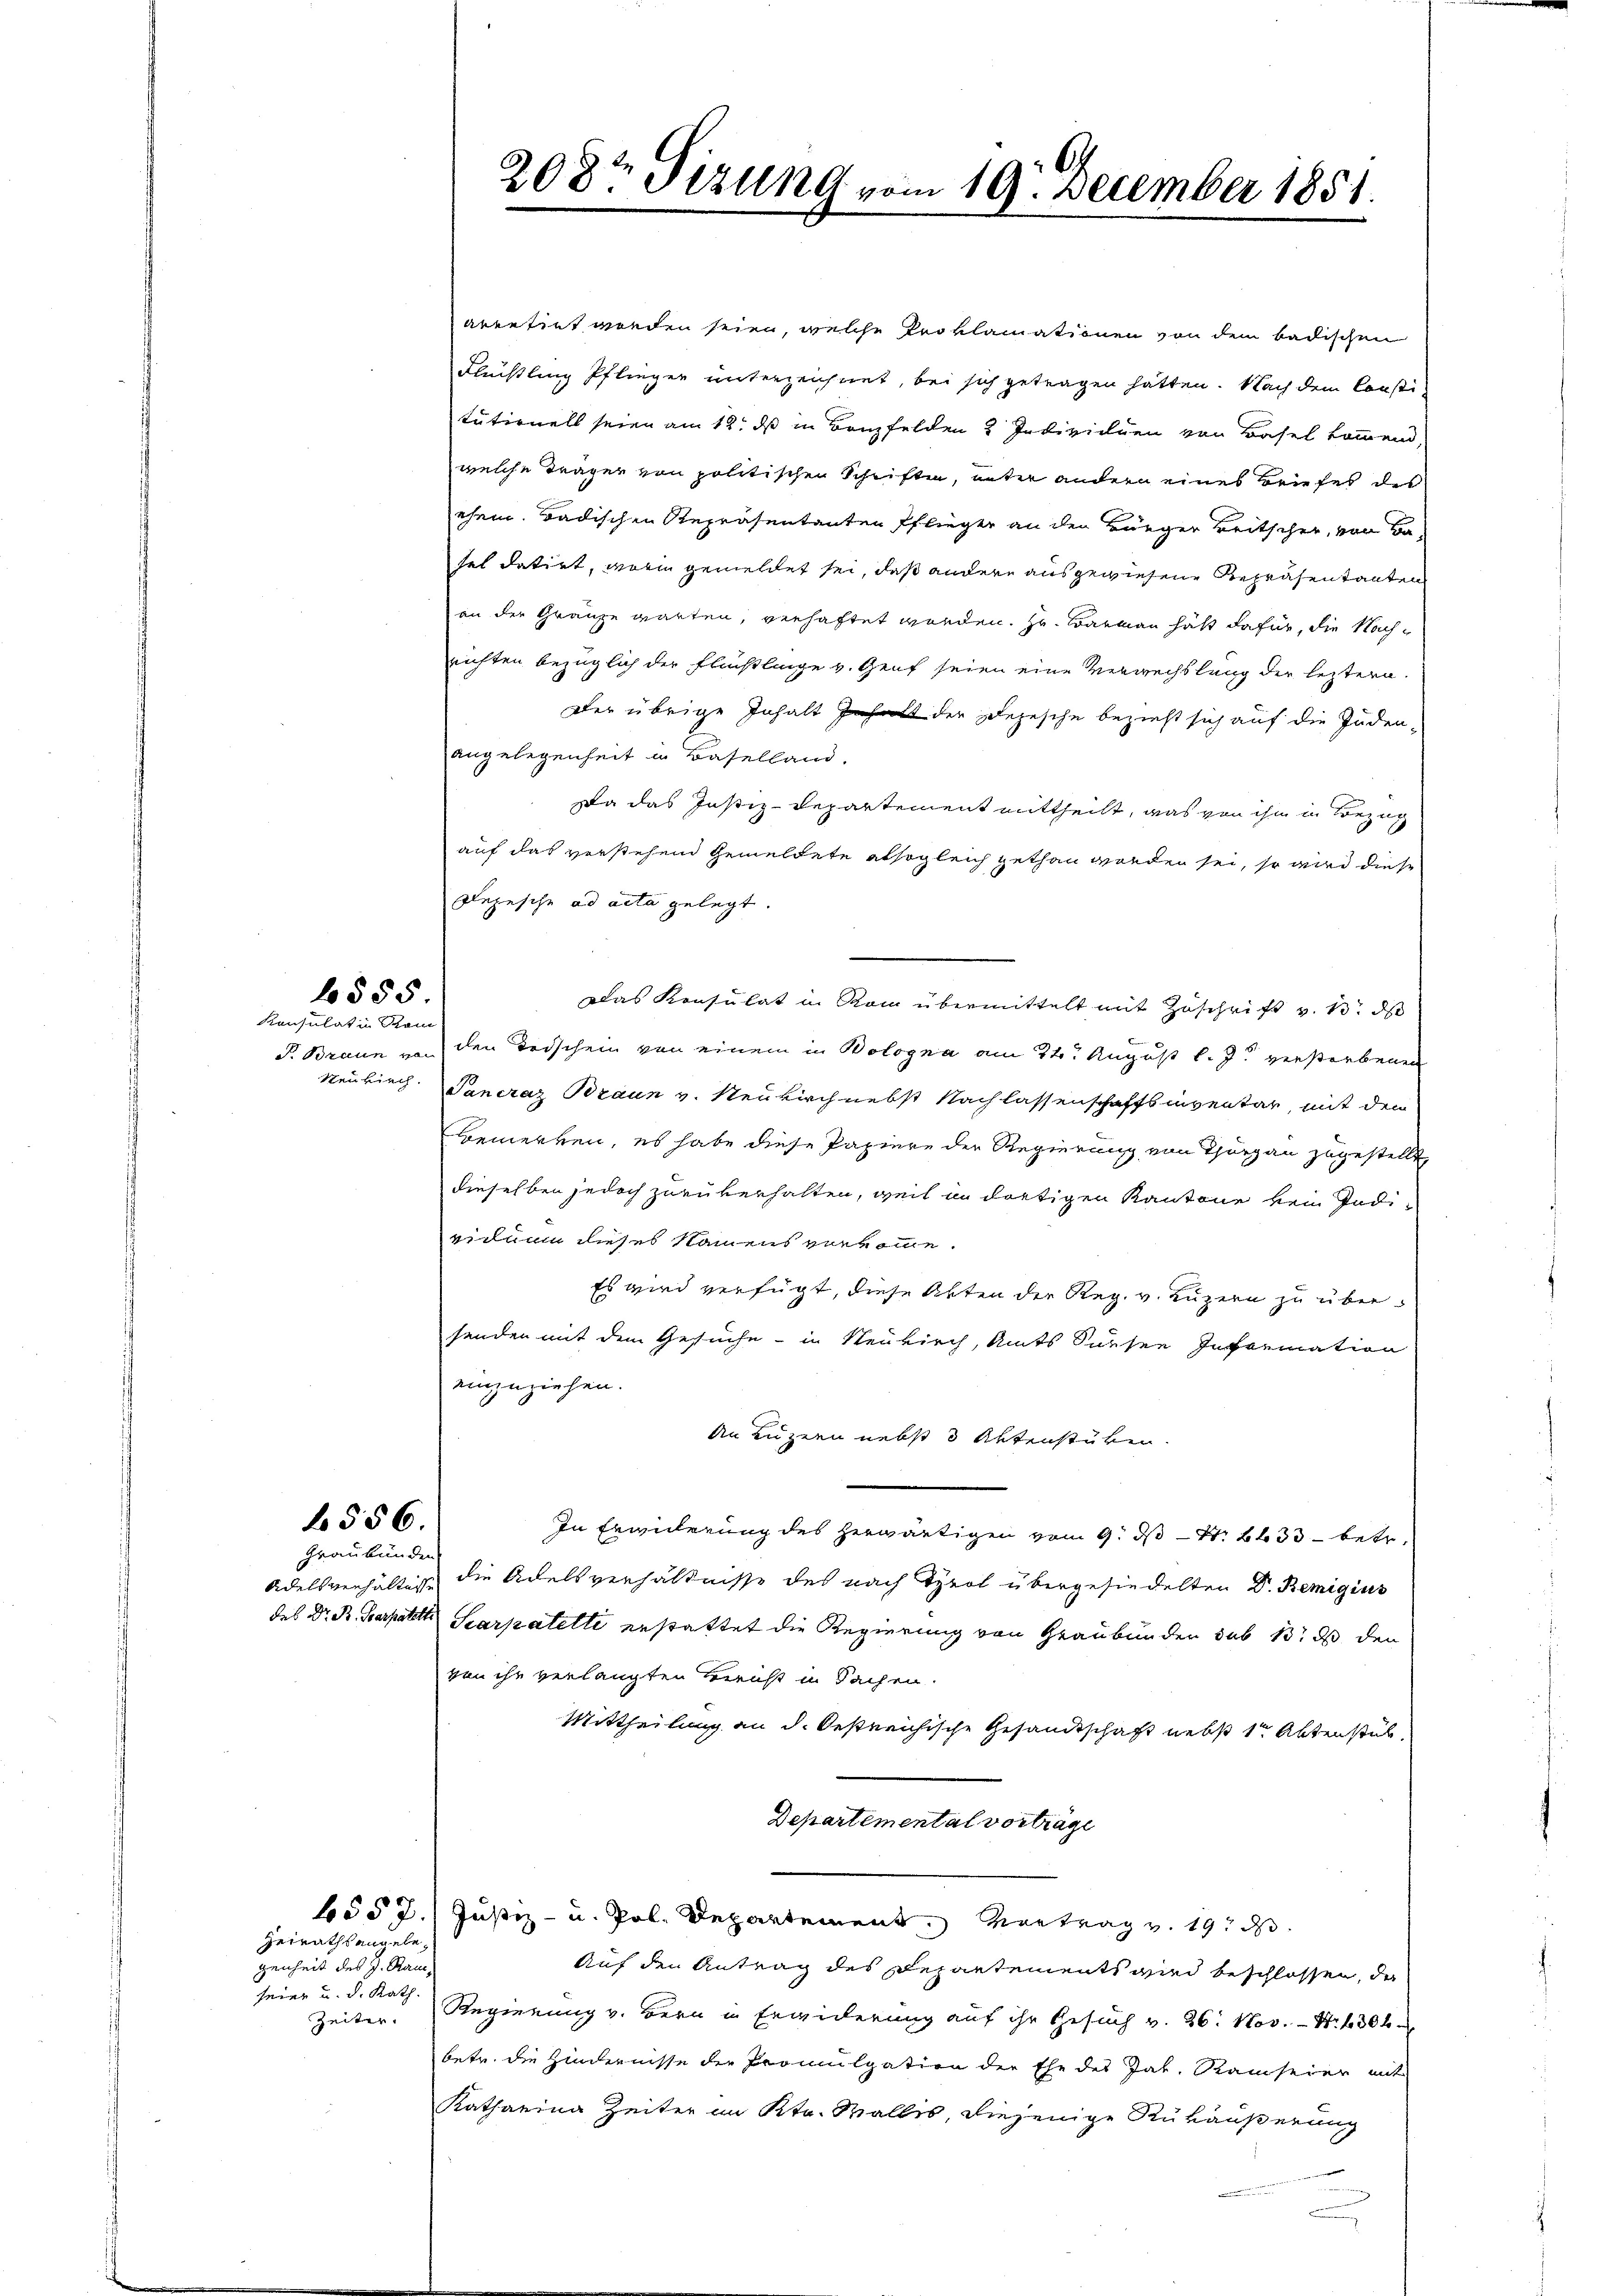
Konsulat in Rom
Neukirch.

6555

556.

Graubünden

Geirathsangebe.
genheit des H. Rauseien u. d. Kath

6557.

arentirt worden seien, welche Proklamationen von dem badischen
Flüchtling Pflinger unterzeichnet, bei sich getragen hatten. Nach dem Consti
tutionell seien am 12. ds in Banzfelden 3 Individuen von Basel kommend,
welche Trägen von politischen Schriften, unter andern eines Briefes des
ehen. Badischen Repräsentanten Pflieger an den Bürger Britscher, von Basel datirt, worin gemeldet sei, daß andere ausgewiesene Repräsentanten
an der Gränze warten, verhaftet worden. Hr. Barmann hatt dafür, die Nachrichten bezüglich der Flüchtlinge v. Genf seien eine Verwechslung der leztern.
Der übrige Inhalt hat der Depesche bezieht sich auf die Juden-
angelegenheit in Baselland.
Da das Justiz-Departement mittheilt, was von ihm in Bezug
auf das verstehend Gemeldete alsogleich gethan worden sei, so wird diese
Lezische ad acta gelegt.
Das Konsulat in Rom übermittelt mit Zuschrift v. M. das
P. Braun von den Todschein von einem in Bologna am 2ten August l. J. verstorbenen
Pancraz Braun v. Neukirch nebst Nachlassenschaftsinventar, mit den
bemerken, es habe diese Papiere der Regierung von Thurgau zugestellt,
dieselben jedoch zurükerhalten, weil in dortigen Kantone kein Indieidaun dieses Namens vorkomme.
Es wird verfügt, diese Akten der Reg. v. Luzern zu übersenden mit dem Gesuche - in Neukirch, Amts Süesen Information
einzuziehen.
An Luzern nebst 5 Aktenstüken.
In Erwiederung des herwärtigen vom 9. ds N. 2633 betr.
Adelsverhältige die Adelsverhältnisse des nach Tyrol übergesiedelten Dr. Remigius
des Dr. B. Sparpater Scarpatelte erstattet die Regierung von Graubünden sub 13. ds den
von ihr verlangten Bericht in Sachen.
Mittheilung an d. Oestreichische Gesandtschaft nebst 1ten Aktenstub
Departemental vorträge
Justiz- u. Pol. Departement. Vertrag v. 19. d
Auf den Antrag des Departements wird beschlossen, da
Zeiter. Regierung v. Bern in Erwiderung auf ihr Gesuch v. 26. Nov. - 4. 1302
betr. die Hindernisse der Promulgation der Ehe des Jak. Ramseier mit
Katharina Zeiter im Kt. Wallis, diejenige Rükäußerung

208t Sizung vom 19. December 1851.